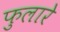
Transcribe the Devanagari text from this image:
फुलारे